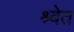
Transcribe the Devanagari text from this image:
श्र्वेत